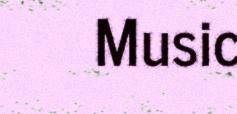
Music